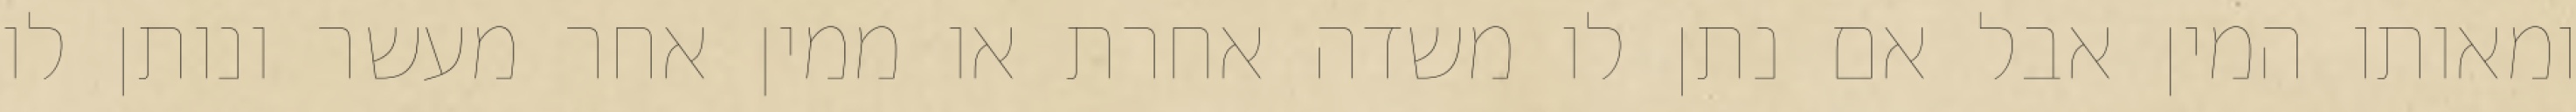
ומאותו המין אבל אם נתן לו משדה אחרת או ממין אחר מעשר ונותן לו